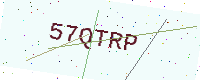
Text: 57QTRP